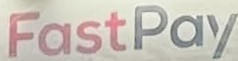
FastPay